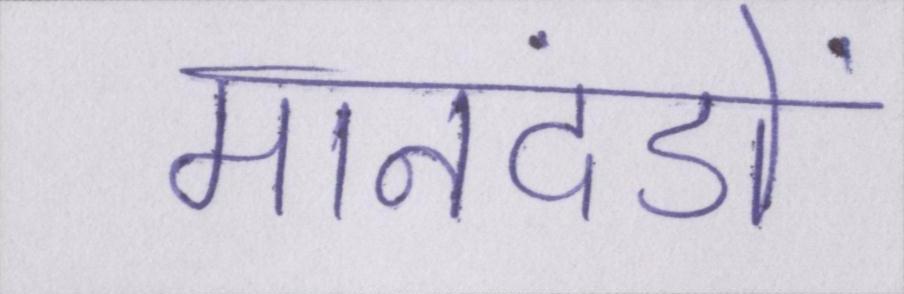
मानदंडों